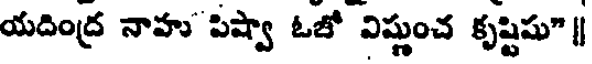
యదింద్ర నాహు' పిష్వా ఓజో విష్ణుంచ కృష్టిషు" |